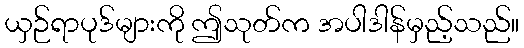
ယှဉ်ရာပုဒ်များကို ဤသုတ်က အပါဒါန်မှည့်သည်။